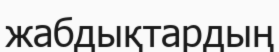
жабдықтардың